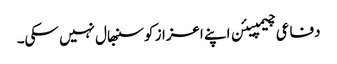
دفاعی چیمپیئن اپنے اعزاز کو سنبھال نہیں سکی۔